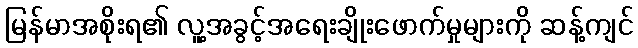
မြန်မာအစိုးရ၏ လူ့အခွင့်အရေးချိုးဖောက်မှုများကို ဆန့်ကျင်